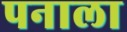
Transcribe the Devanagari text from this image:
पनाला